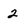
Character: 2